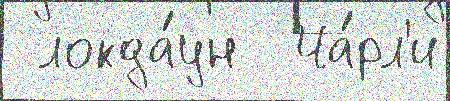
 локда́ун  Ча́рл'и